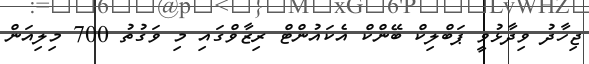
ޖިހާދު ވިދާޅުވީ ޕަބްލިކް ބޭންކް އެކައުންޓް ރިޒާވްގައި މި ވަގުތު 700 މިލިއަން